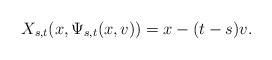
LaTeX: \begin{align*} X_{s,t}(x,\Psi_{s,t}(x,v)) = x - (t-s)v.\end{align*}